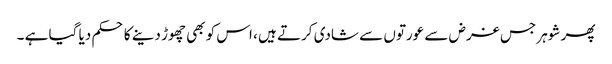
پھر شوہر جس غرض سے عورتوں سے شادی کرتے ہیں ، اس کو بھی چھوڑ دینے کا حکم دیا گیا ہے ۔